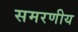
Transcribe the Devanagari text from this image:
समरणीय